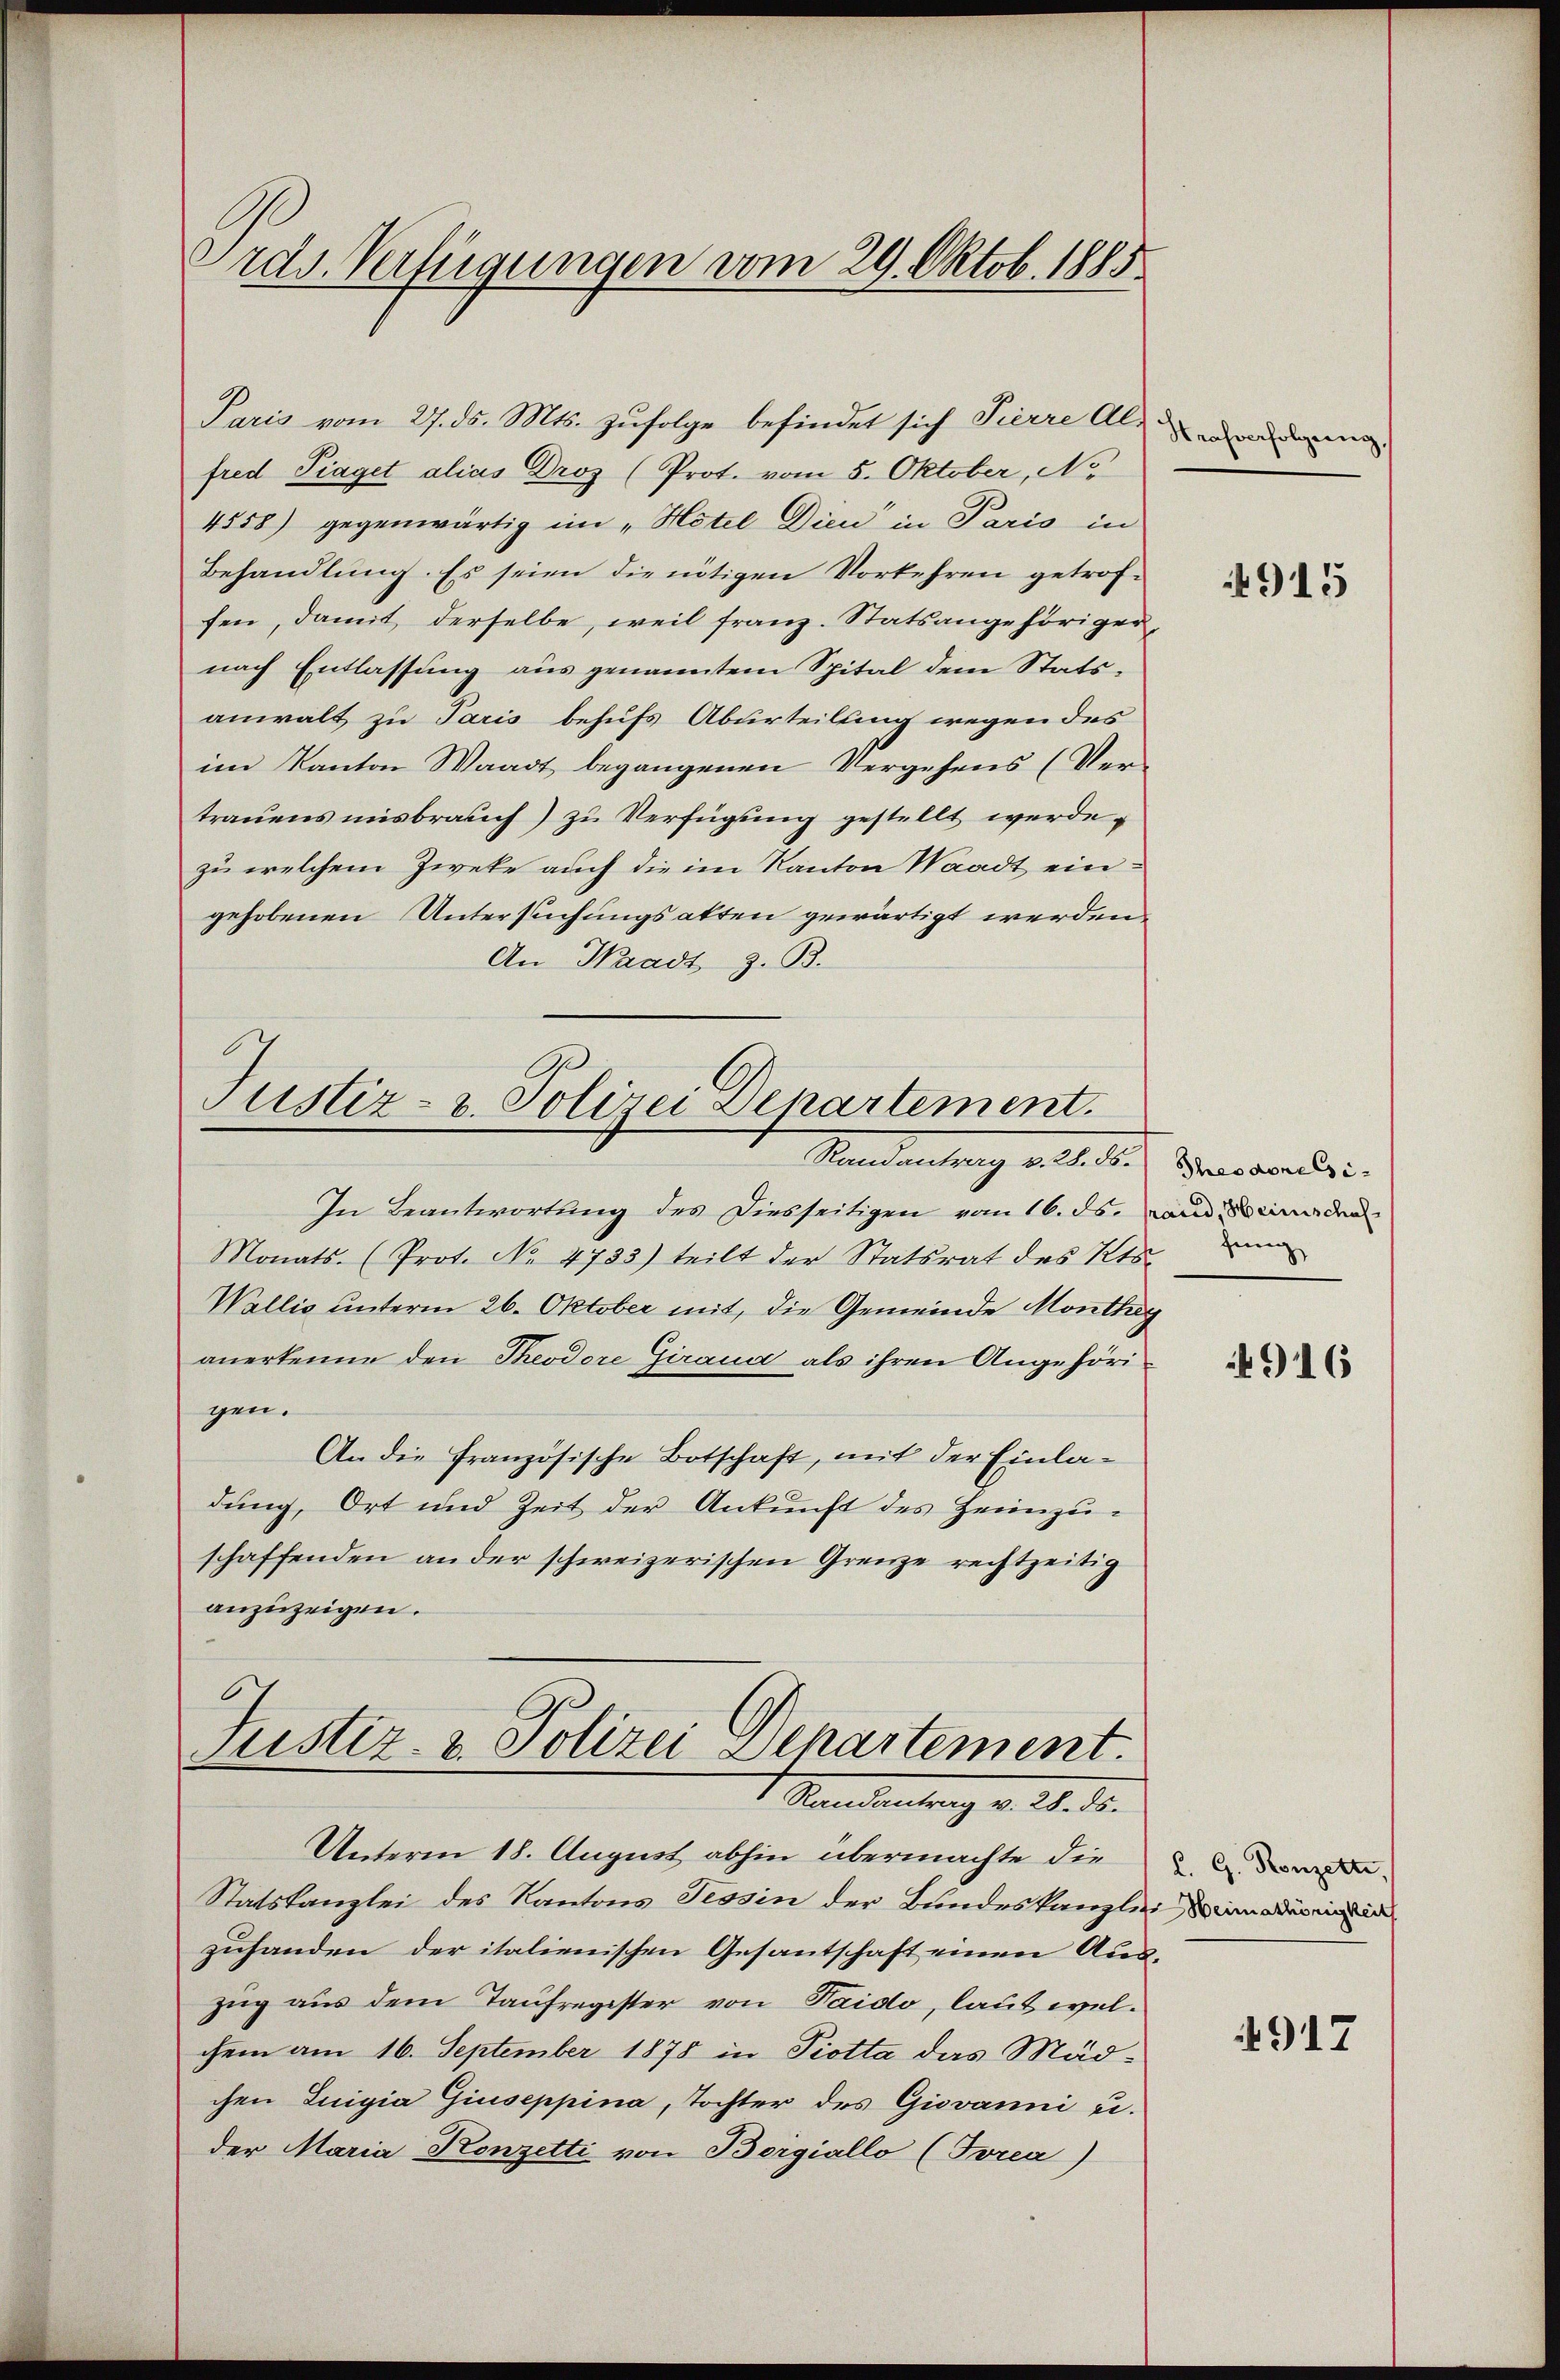
Ordv. Verfügungen vom 29. Oktob. 1885

Paris vom 27. ds. Mts. zufolge befindet sich Pierre Al-
fred Piaget alias Droz (Prot. vom 5. Oktober, No
4558) gegenwärtig im „Hotel Dien“ in Paris in
Behandlung. Es seien die nötigen Vorkehren getroffen, damit derselbe, weil franz. Statsangehöriger
nach Entlassung aus genanntem Spital dem Statsanwalt zu Paris behufs Aburteilung wegen des
im Kanton Waadt begangenen Vergehens (Ver-
traŭens misbrauch) zu Verfügung gestellt werde.
zu welchem Zweke auch die im Kanton Waadt eingehobenen Untersuchungsakten gewärtigt werden,
An Waadt z. B.

Justiz- u. Polizei Departement.
Mandantrag alle de

In Beantwortung des Diesseitigen vom 16. ds. und Benaden
Monats- (Prot. No 4733) teilt der Statsrat des Kts.
Wallis unterm 26. Oktober mit, die Gemeinde Monthey
anerkenne den Theodore Giraua als ihren Angehöri-
gen.
An die französische Botschaft, mit der Einladung, Ort und Zeit der Ankunft des Heimzuschaffenden ander schweizerischen Grenze rechtzeitig
anzuzeigen.
.
Justiz- & Polizei Departement.
1 Mandantrag v. M. D.
Unterm 18. August abhin übermachte die
Statskanzlei des Kantons Tessin der Bundeskanzlei, den oder ein in
zuhanden der italienischen Gesantschaft einen Auszug aus dem Taufregister von Taido, laut welchem am 16. September 1878 in Piotta das Mädchen Luigia Giuseppina, Tochter des Giovanni u.
der Maria Konzetti von Borgiallo (Torea)

Strafverfolgung,

915

Ihres Morels i
fung

4916

l. G. Konzette,

4917